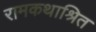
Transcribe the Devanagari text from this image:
रामकथाश्रित